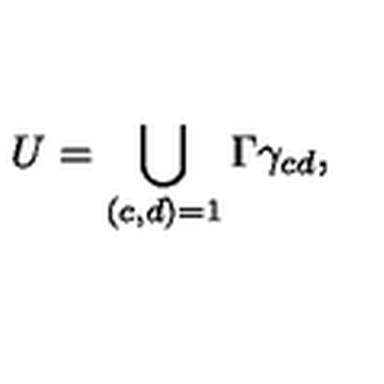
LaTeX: U = \bigcup _ { ( c , d ) = 1 } \Gamma \gamma _ { c d } ,